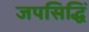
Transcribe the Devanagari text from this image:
जपसिद्धिं